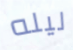
ليله